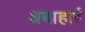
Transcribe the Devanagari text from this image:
अबाहाई